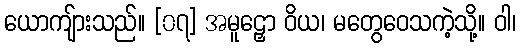
ယောကျ်ားသည်။ [၀၇] အမူဠှော ဝိယ၊ မတွေဝေသကဲ့သို့။ ဝါ၊